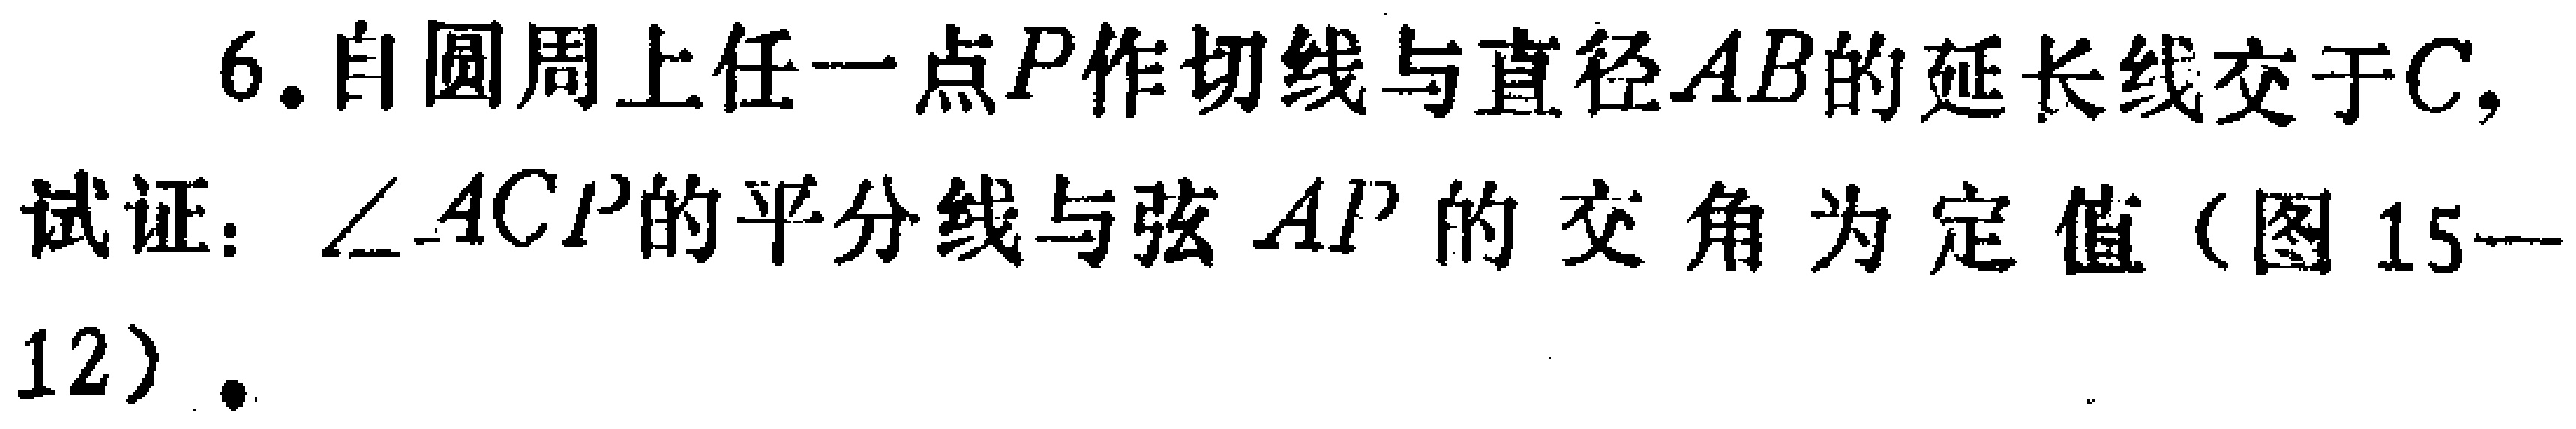
6. 自圆周上任一点\(P\)作切线与直径\(AB\)的延长线交于\(C\)，
试证：\(\angle ACP\)的平分线与弦\(AP\)的交角为定值（图15—
12）.